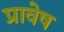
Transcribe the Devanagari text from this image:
प्रावेष